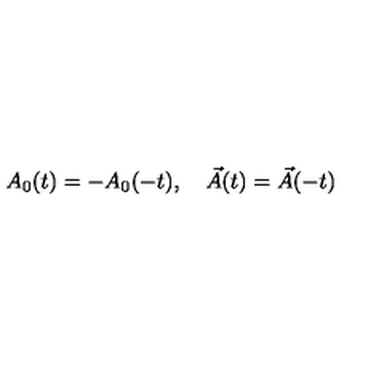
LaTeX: A _ { 0 } ( t ) = - A _ { 0 } ( - t ) , \quad \vec { A } ( t ) = \vec { A } ( - t )